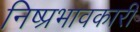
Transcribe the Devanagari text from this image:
निष्प्रभावकारी